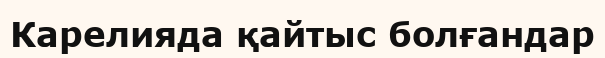
Карелияда қайтыс болғандар